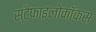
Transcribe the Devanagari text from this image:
स्टैफाइलोकॉकस